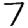
Digit: 7